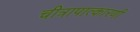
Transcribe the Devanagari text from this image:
चीत्रापात्कारणी